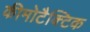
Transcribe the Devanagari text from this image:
कीमोटैक्टिक